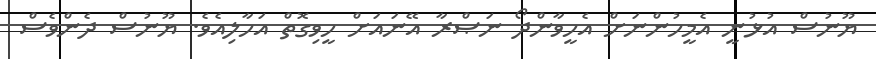
ޔޫނުސް އުޅުނީ އެމީހުންނަށް އެހީވާންދޯ ނަޞްރާ އޭނައަށް ހީވިގޮތް އަހާލިއެވެ. ޔޫނުސް ދެންވެސް